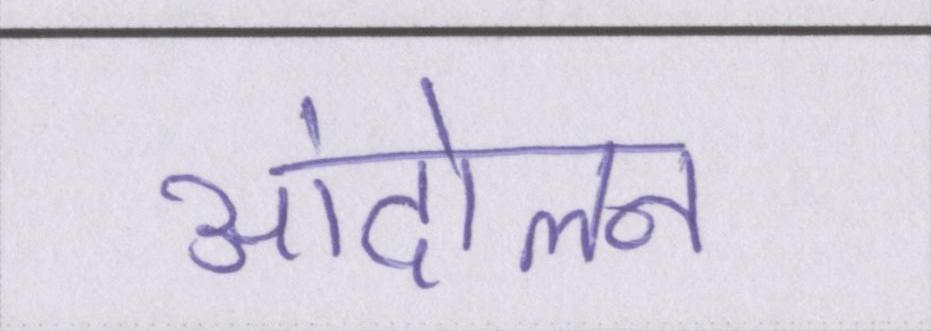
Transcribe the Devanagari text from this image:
आंदोलन